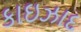
કાઇઝાદ